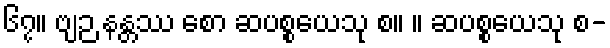
၆၇။ ဗျဉ နန္တဿ စော ဆပစ္စယေသု စ။ ။ ဆပစ္စယေသု စ-